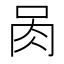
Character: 𰮄